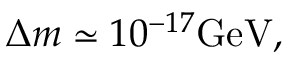
\Delta m \simeq 1 0 ^ { - 1 7 } \mathrm { G e V } ,